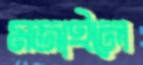
মজাইলে